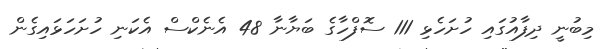
މިބުނީ ދިފާއުގައި ހުށަހެޅި 111 ސޮފްހާގެ ބަޔާނާ 48 އެނެކްސް އެކަނި ހުށަހަޅައިގެން